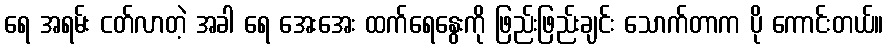
ရေ အရမ်း ငတ်လာတဲ့ အခါ ရေ အေးအေး ထက်ရေနွေးကို ဖြည်းဖြည်းချင်း သောက်တာက ပို ကောင်းတယ်။